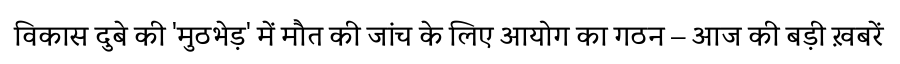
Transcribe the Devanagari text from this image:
विकास दुबे की 'मुठभेड़' में मौत की जांच के लिए आयोग का गठन – आज की बड़ी ख़बरें